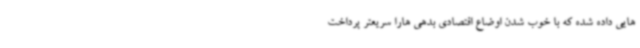
هایی داده شده که با خوب شدن اوضاع اقتصادی بدهی هارا سریعتر پرداخت